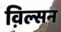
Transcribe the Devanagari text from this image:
व़िल्सन